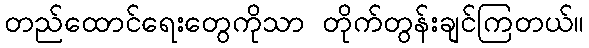
တည်ထောင်ရေးတွေကိုသာ တိုက်တွန်းချင်ကြတယ်။